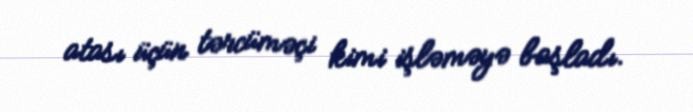
atası üçün tərcüməçi kimi işləməyə başladı.